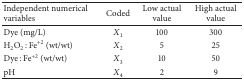
<table><thead><tr><td><b>Independent numerical variables</b></td><td><b>Coded</b></td><td><b>Low actual value </b></td><td><b>High actual value </b></td></tr></thead><tbody><tr><td>Dye (mg/L)</td><td><i>X</i><sub>1</sub></td><td>100</td><td>300</td></tr><tr><td>H<sub>2</sub>O<sub>2</sub> : Fe<sup>+2</sup> (wt/wt)</td><td><i>X</i><sub>2</sub></td><td>5</td><td>25</td></tr><tr><td>Dye : Fe<sup>+2</sup> (wt/wt)</td><td><i>X</i><sub>3</sub></td><td>10</td><td>50</td></tr><tr><td>pH</td><td><i>X</i><sub>4</sub></td><td>2</td><td>9</td></tr></tbody></table>